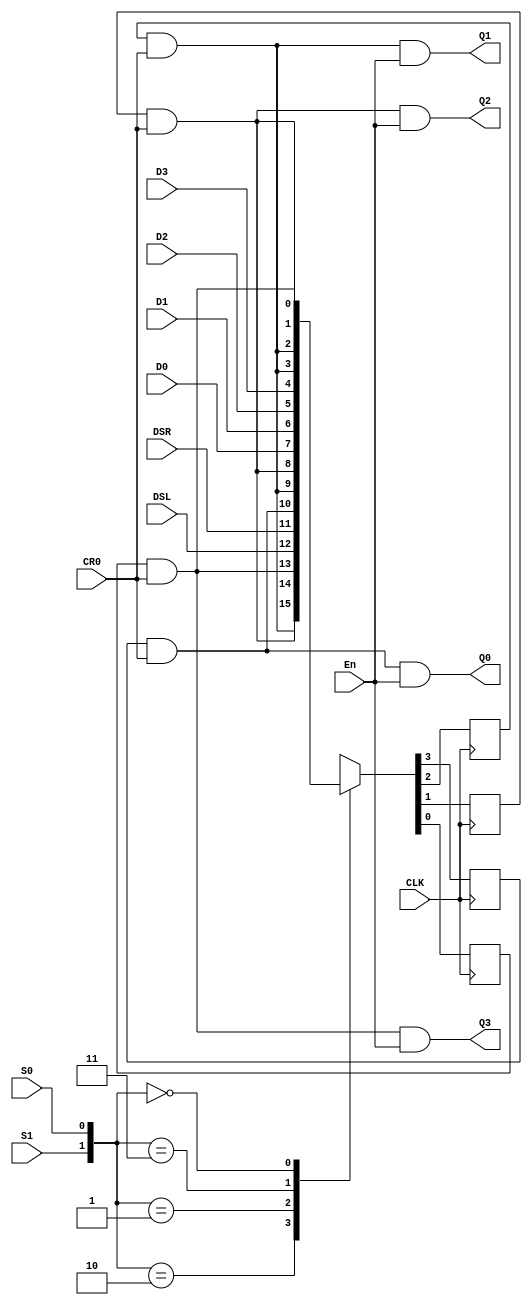
module Fourbit_Bidirectional_Shift_Register_4_4(input En,CLK,CR0,S0,S1,DSL,DSR,D0,D1,D2,D3,output Q0,Q1,Q2,Q3);
reg temp_Q0,temp_Q1,temp_Q2,temp_Q3;

	always @(posedge CLK) begin 
			case({S1,S0})
					2'b10:   {temp_Q0,temp_Q1,temp_Q2,temp_Q3}={temp_Q1&CR0,temp_Q2&CR0,temp_Q3&CR0,DSL};
					2'b01:   {temp_Q0,temp_Q1,temp_Q2,temp_Q3}={DSR,temp_Q0&CR0,temp_Q1&CR0,temp_Q2&CR0};
					2'b11:   {temp_Q0,temp_Q1,temp_Q2,temp_Q3}={D0,D1,D2,D3};
					2'b00: 	{temp_Q0,temp_Q1,temp_Q2,temp_Q3}={temp_Q1&CR0,temp_Q1&CR0,temp_Q2&CR0,temp_Q3&CR0};
			endcase 
	end

assign Q0=temp_Q0&CR0&En;
assign Q1=temp_Q1&CR0&En;
assign Q2=temp_Q2&CR0&En;
assign Q3=temp_Q3&CR0&En;	

endmodule